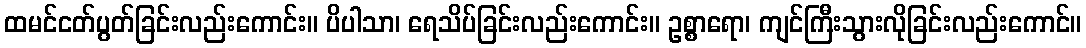
ထမင်ငတ်ပွတ်ခြင်းလည်းကောင်း။ ပိပါသာ၊ ရေသိပ်ခြင်းလည်းကောင်း။ ဥစ္စာရော၊ ကျင်ကြီးသွားလိုခြင်းလည်းကောင်။